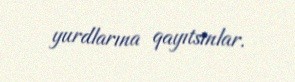
yurdlarına qayıtsınlar.